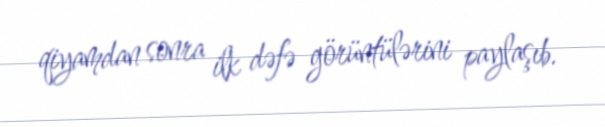
qiyamdan sonra ilk dəfə görüntülərini paylaşıb.